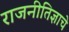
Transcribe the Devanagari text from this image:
राजनीतिज्ञाचे